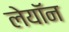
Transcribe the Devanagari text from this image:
लेयॉन